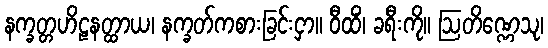
နက္ခတ္တဟိဠနတ္ထာယ၊ နက္ခတ်ကစားခြင်းငှာ။ ဝီထိံ၊ ခရီးကို။ ဩတိဏ္ဏေသု၊